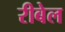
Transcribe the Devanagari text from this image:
रीबेल